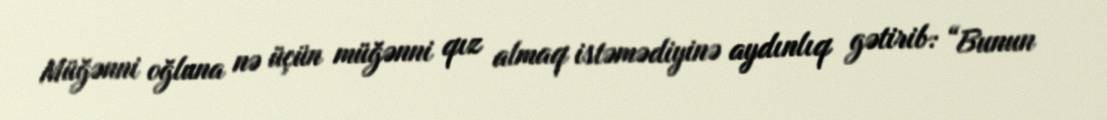
Müğənni oğluna nə üçün müğənni qız almaq istəmədiyinə aydınlıq gətirib: “Bunun